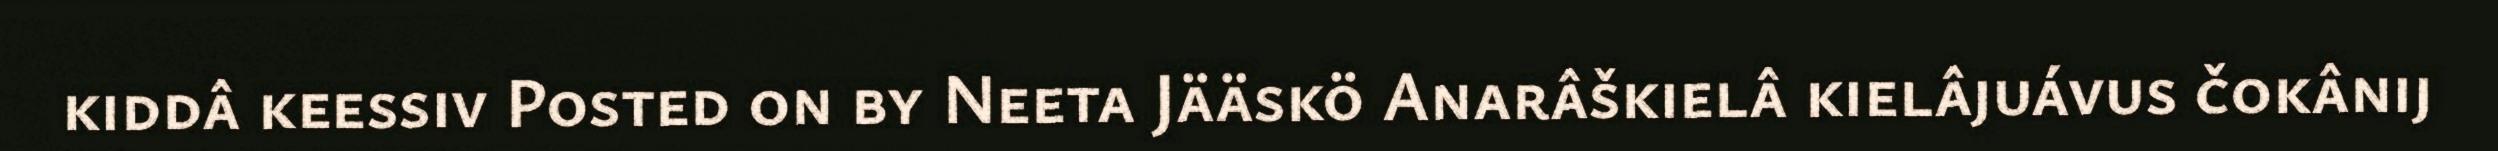
kiddâ keessiv Posted on by Neeta Jääskö Anarâškielâ kielâjuávus čokânij